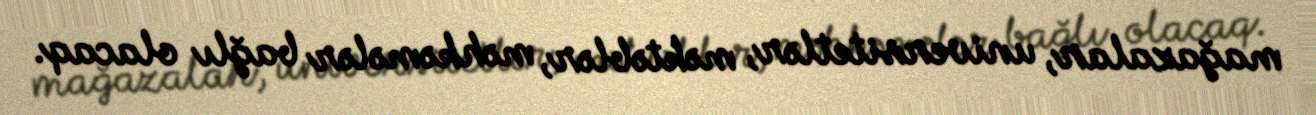
mağazalar, universitetlər, məktəblər, məhkəmələr bağlı olacaq.